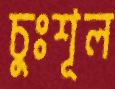
চুঃশূল